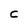
Character: C